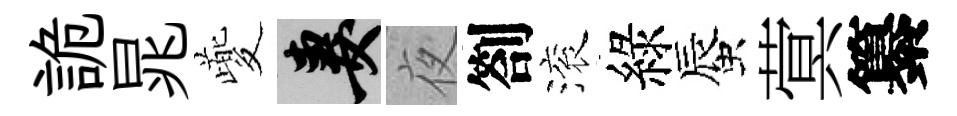
詭晁夔妻夜劄滚綠蜃蓂纂